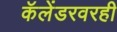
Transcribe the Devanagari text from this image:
कॅलेंडरवरही